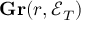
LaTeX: \mathbf { G r } ( r , { \mathcal { E } } _ { T } )